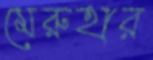
মেরুহার